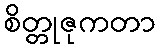
စိတ္တုဇုကတာ